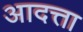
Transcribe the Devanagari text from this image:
आदत्ता